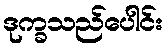
ဒုက္ခသည်ပေါင်း